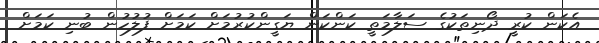
އެކަން ކުރީ ދޯނިތަކުގެ ސަލާމަތީ ކަންކަން ޔަގީންކުރުމަށް ކަމަށް ފުލުހުން ބުނި ކަމަށް